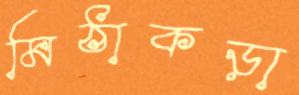
মিঠাকড়া